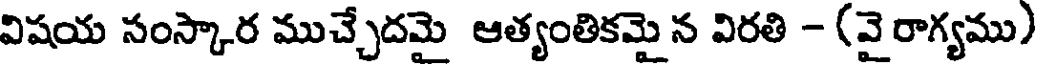
విషయ సంస్కార ముచ్చేదమై ఆత్యంతికమై న విరతి - (వై రాగ్యము)